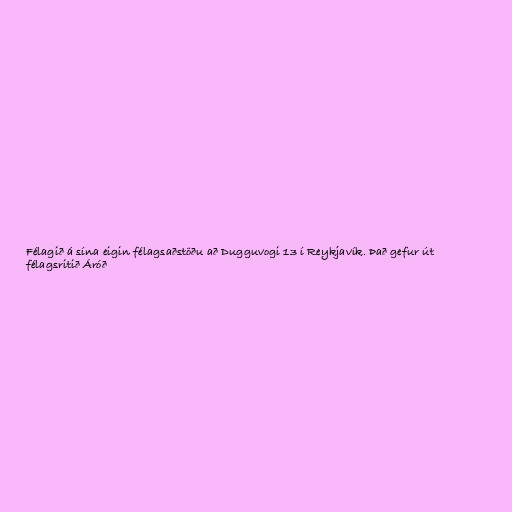
Félagið á sína eigin félagsaðstöðu að Dugguvogi 13 í Reykjavík. Það gefur út
félagsritið Áróð